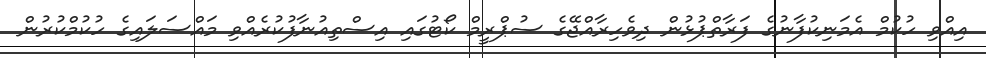
އިއްވި ހުކުމް އެމަނިކުފާނުގެ ފަރާތްޕުޅުން ދިވެހިރާއްޖޭގެ ސުޕްރީމް ކޯޓުގައި އިސްތިއުނާފުކުރެއްވި މައްސަލައިގެ ހުކުމްކުރުން